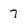
Character: 7